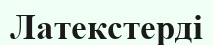
Латекстерді